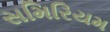
સમિરિયમ